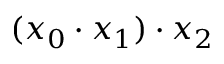
( x _ { 0 } \cdot x _ { 1 } ) \cdot x _ { 2 }